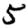
Digit: 5